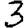
Digit: 3